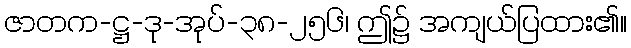
ဇာတက-ဋ္ဌ-ဒု-အုပ်-၃၈-၂၅၆၊ ဤ၌ အကျယ်ပြထား၏။